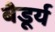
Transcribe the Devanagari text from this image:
बैडूर्य